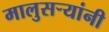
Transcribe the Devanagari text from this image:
मालुसर्‍यांनी